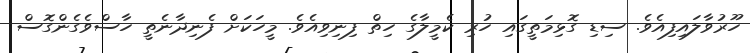
ހޫރުވާލައިފިއެވެ. ސިޑި ގޮޅިމަތީގައި ހުރި ކެމީލާގެ ހިތް ފިނިވިއެވެ. މީހަކަށް ފެނިދާނެތީ ހާސްވެގެންގޮސް